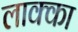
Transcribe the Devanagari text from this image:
लाक्का